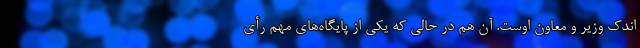
اندک وزیر و معاون اوست. آن هم در حالی که یکی از پایگاه‌های مهم رأی